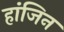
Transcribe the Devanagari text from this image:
हांजिन